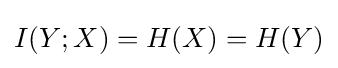
I(Y;X)=H(X)=H(Y)